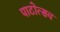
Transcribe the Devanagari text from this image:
पाटोत्सव